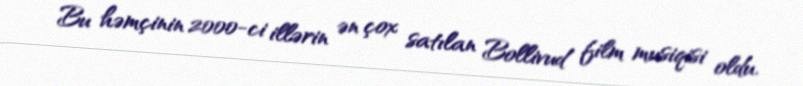
Bu həmçinin 2000-ci illərin ən çox satılan Bollivud film musiqisi oldu.